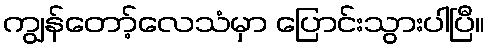
ကျွန်တော့်လေသံမှာ ပြောင်းသွားပါပြီ။